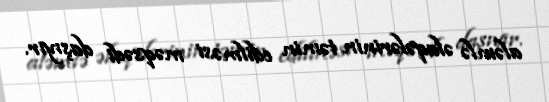
aləmlə əlaqələrinin təmin edilməsi məqsədi daşıyır.